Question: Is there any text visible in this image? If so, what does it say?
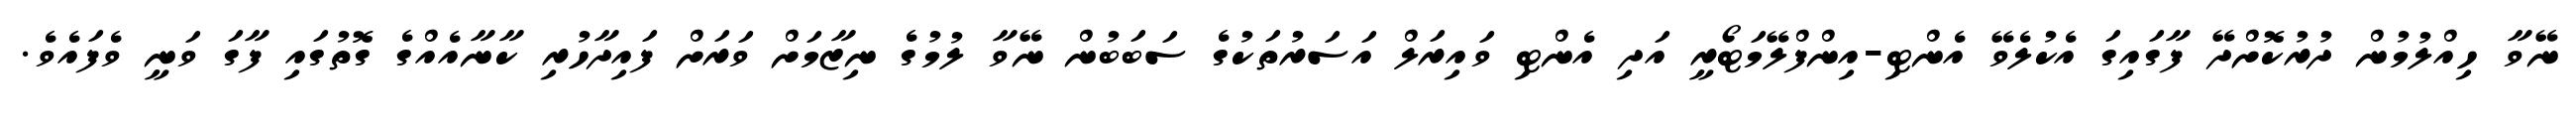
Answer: ނޭވާ ހިއްލުމުން ދުރުކޮށްދޭ ފާގައިގަ އެކުލެވޭ އެންޓި-އިންފްލޭމަޓޯރީ އަދި އެންޓި ވައިރަލް އަސަރުތަކުގެ ސަބަބުން ނޭވާ ލުމުގެ ނިޒާމަށް ވަރަށް ފައިދާހުރި ކާނާއެއްގެ ގޮތުގައި ފާގަ ވަނީ ވެފައެވެ.